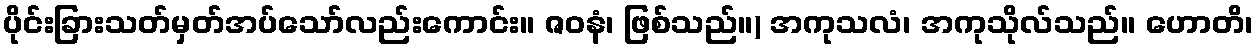
ပိုင်းခြားသတ်မှတ်အပ်သော်လည်းကောင်း။ ဇဝနံ၊ ဖြစ်သည်။) အကုသလံ၊ အကုသိုလ်သည်။ ဟောတိ၊